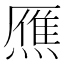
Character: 𤎝